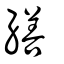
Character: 繕